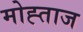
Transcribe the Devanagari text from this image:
मोह्ताज